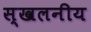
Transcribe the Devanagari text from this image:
स्खलनीय